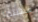
مهنتها